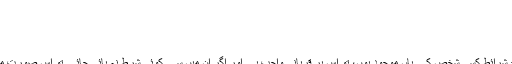
سوال نمبر:4015
سوال پوچھنے والے کا نام: کاشف اقبال
مقام: لاہور ،پاکستان
تاریخ اشاعت: 01 ستمبر 2016ء
اگر شرعِ متین میں بیان کردہ قربانی کی تمام شرائط کسی شخص کے ہاں موجود ہوں، تو اس پر قربانی واجب ہے اور اگر ان میں سے کوئی شرط نہ پائی جائے تو اس صورت میں قربانی واجب نہیں بلکہ سنت و نفل ہوگی۔